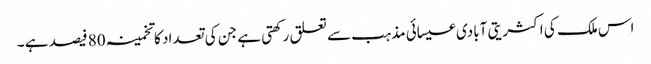
اس ملک کی اکثریتی آبادی عیسائی مذہب سے تعلق رکھتی ہے جن کی تعداد کا تخمینہ 80 فیصد ہے ۔